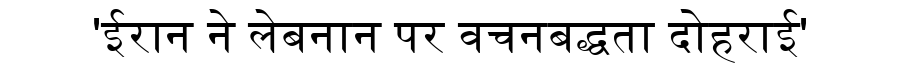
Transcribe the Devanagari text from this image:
'ईरान ने लेबनान पर वचनबद्धता दोहराई'